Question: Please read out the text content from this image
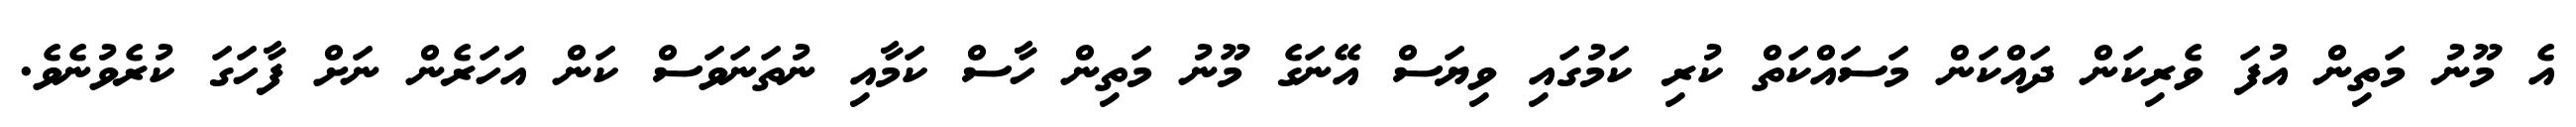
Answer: އެ މޫނު މަތިން އުފަ ވެރިކަން ދައްކަން މަސައްކަތް ކުރި ކަމުގައި ވިޔަސް އޭނަގެ މޫނު މަތިން ހާސް ކަމާއި ނުތަނަވަސް ކަން އަހަރެން ނަށް ފާހަގަ ކުރެވުނެވެ.